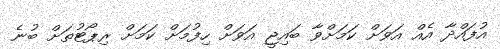
އުފައްދާ އެއް އަވަށް ކަމަށްވާ ބައިޖީ އަވަށް ހިފުމަށް ކަމަށް ރިޕޯޓުތަށް ބުނެ